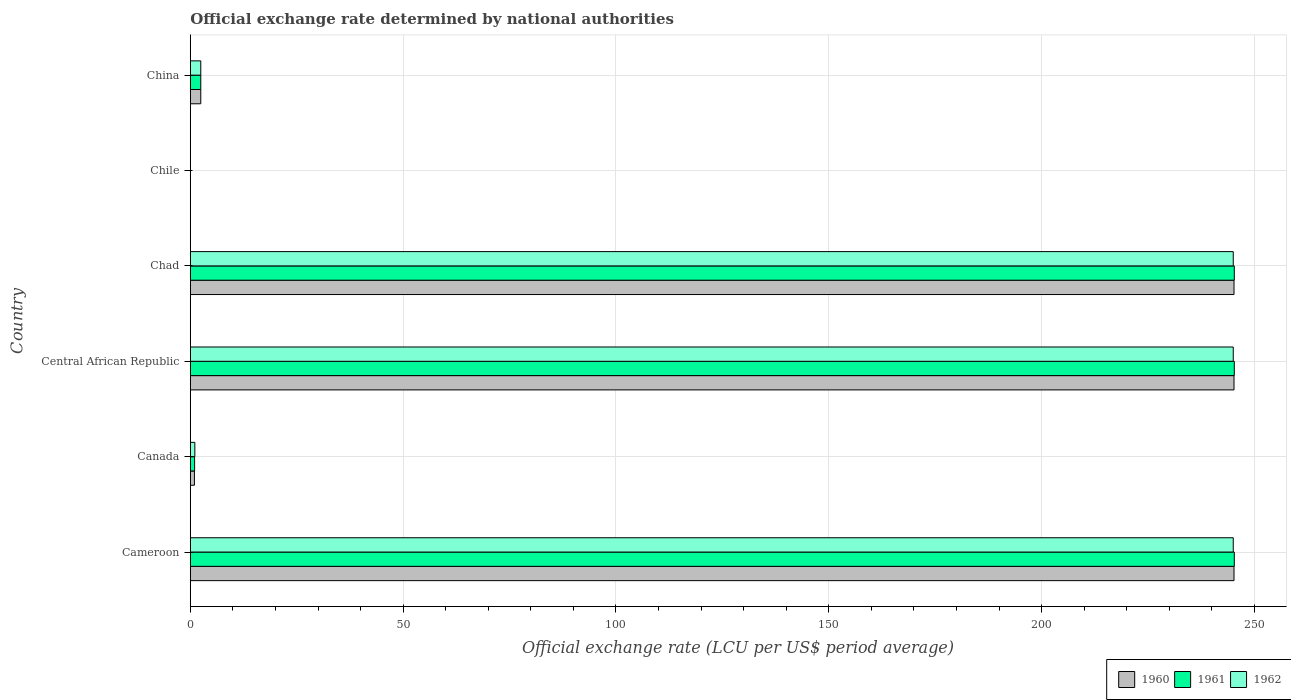
| Country | 1960 | 1961 | 1962 |
 | --- | --- | --- | --- |
 | Cameroon | 245 | 245 | 245 |
 | Canada | 0.97 | 1.01 | 1.07 |
 | Central African Republic | 245 | 245 | 245 |
 | Chad | 245 | 245 | 245 |
 | Chile | 0.00105 | 0.00105 | 0.00106 |
 | China | 2.46 | 2.46 | 2.46 |